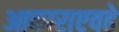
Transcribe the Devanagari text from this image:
आकाराएवढे